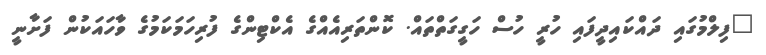
"ފިލްމުގައި ދައްކައިދީފައި ހުރީ ހުސް ހަގީގަތްތައް. ކޮންތަރިއެއްގެ އެކްޓިންގެ ފުރިހަމަކަމުގެ ވާހައަކުން ފަށާނީ